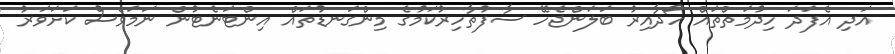
އަދި އެފަދަ ހިދުމަތްތައް ހޯދާއިރު ބަލަންޖެހޭ ސާފުތާހިރުކަމުގެ މިންގަނޑުތައް އިންޓަނެޓުން ނަމަވެސް ކަށަވަރު